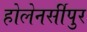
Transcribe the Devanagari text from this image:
होलेनर्सीपुर